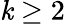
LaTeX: \mathit{k}\geq2